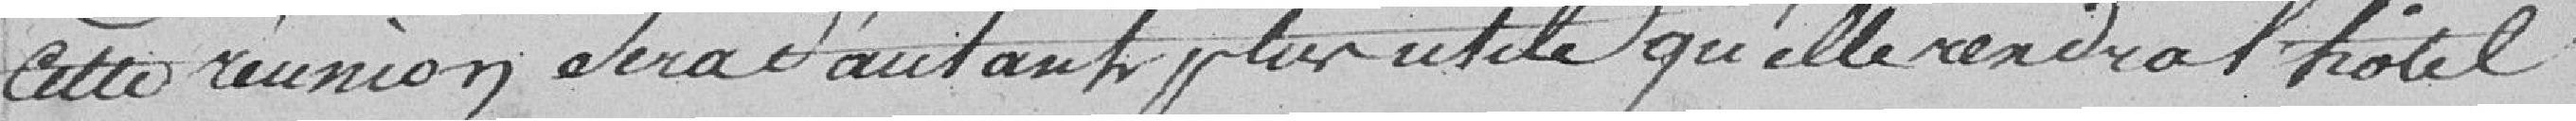
cette réunion sera d'autant plus utile qu'elle rendra à l'hôtel